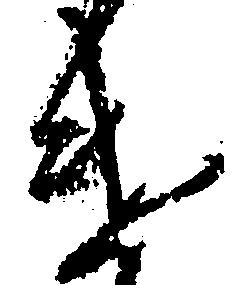
け